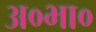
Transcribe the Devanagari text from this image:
अ०भा०